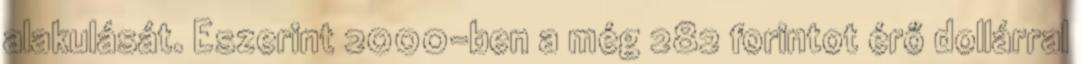
alakulását. Eszerint 2000-ben a még 282 forintot érő dollárral